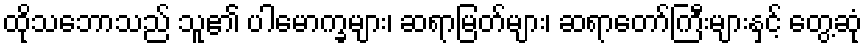
ထိုသဘောသည် သူ၏ ပါမောက္ခများ၊ ဆရာမြတ်များ၊ ဆရာတော်ကြီးများနှင့် တွေ့ဆုံ